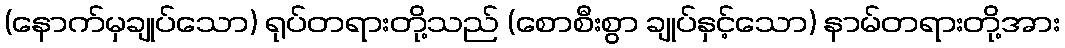
(နောက်မှချုပ်သော) ရုပ်တရားတို့သည် (စောစီးစွာ ချုပ်နှင့်သော) နာမ်တရားတို့အား